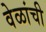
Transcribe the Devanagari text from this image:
वेळांची